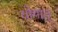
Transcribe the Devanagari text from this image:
योगात्